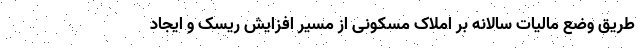
طریق وضع مالیات سالانه بر املاک مسکونی از مسیر افزایش ریسک و ایجاد